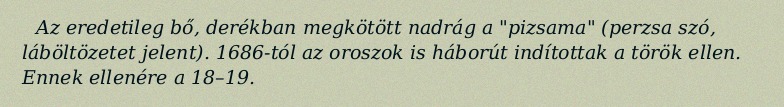
Az eredetileg bő, derékban megkötött nadrág a "pizsama" (perzsa szó, láböltözetet jelent). 1686-tól az oroszok is háborút indítottak a török ellen. Ennek ellenére a 18–19.